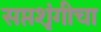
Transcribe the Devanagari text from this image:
सप्तशृंगीचा